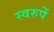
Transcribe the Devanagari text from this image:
स्वरुपें